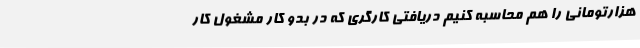
هزارتومانی را هم محاسبه کنیم دریافتی کارگری که در بدو کار مشغول کار